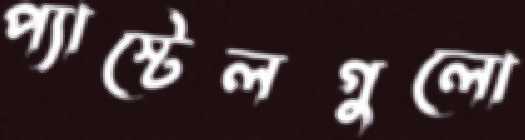
প্যাস্টেলগুলো